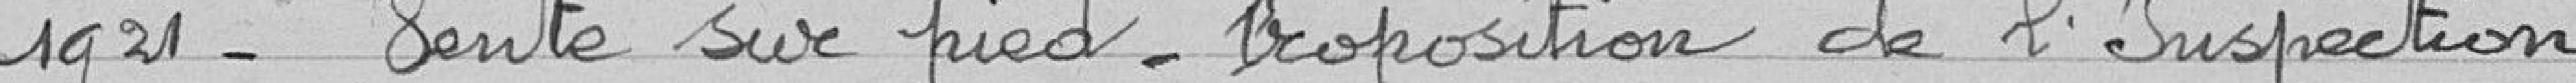
1921 - vente sur pied - proposition de l'Inspection